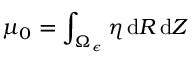
\mu _ { 0 } = \int _ { \Omega _ { \epsilon } } \eta \, \mathrm { d } R \, \mathrm { d } Z